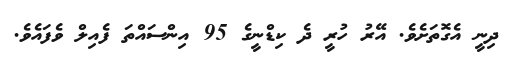
ދިނީ އެގޮތަށެވެ. އޭރު ހުރީ ދެ ކިޑްނީގެ 95 އިންސައްތަ ފެއިލް ވެފައެވެ.